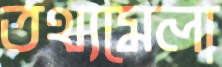
তথ্যমেলা